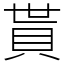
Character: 貰